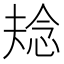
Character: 𭝌